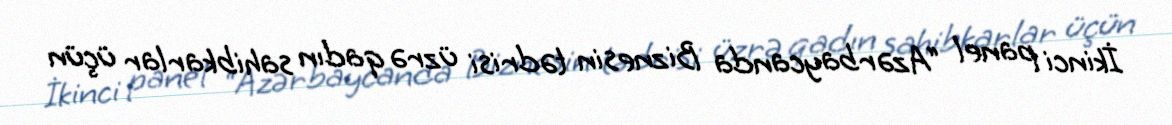
İkinci panel “Azərbaycanda Biznesin tədrisi üzrə qadın sahibkarlar üçün